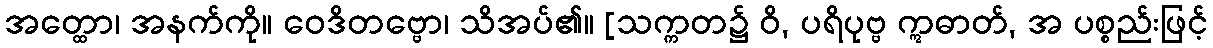
အတ္ထော၊ အနက်ကို။ ဝေဒိတဗ္ဗော၊ သိအပ်၏။ [သက္ကတ၌ ဝိ, ပရိပုဗ္ဗ ဣဓာတ်, အ ပစ္စည်းဖြင့်